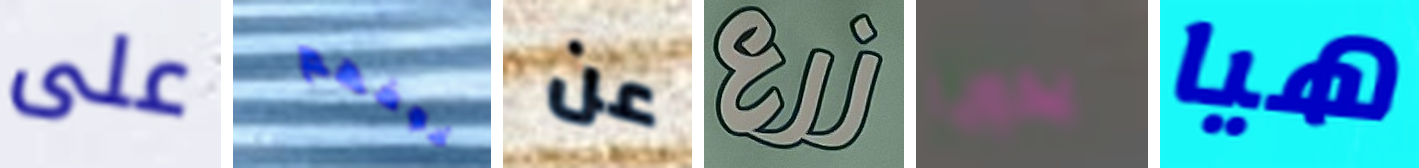
على خوفهم عن زرع يدويا هيا